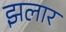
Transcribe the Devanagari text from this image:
झलार